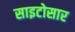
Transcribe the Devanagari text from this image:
साइटोसार